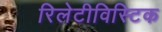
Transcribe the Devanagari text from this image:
रिलेटीविस्टिक